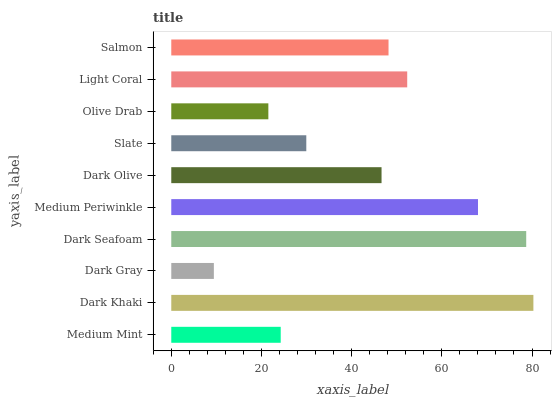
| yaxis_label | bars |
 | --- | --- |
 | Medium Mint | 24.3 |
 | Dark Khaki | 80.3 |
 | Dark Gray | 9.44 |
 | Dark Seafoam | 78.7 |
 | Medium Periwinkle | 68 |
 | Dark Olive | 46.6 |
 | Slate | 29.9 |
 | Olive Drab | 21.5 |
 | Light Coral | 52.3 |
 | Salmon | 48.2 |